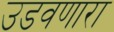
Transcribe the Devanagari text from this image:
उडवणारा